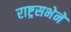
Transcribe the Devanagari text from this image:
राष्ट्रसभेने